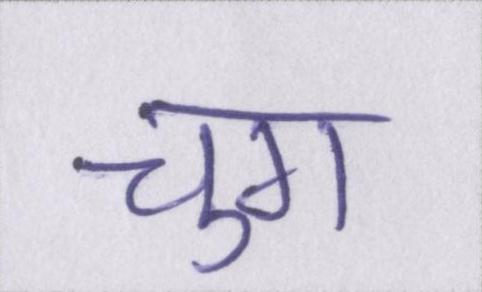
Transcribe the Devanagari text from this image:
चुग